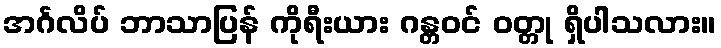
အင်္ဂလိပ် ဘာသာပြန် ကိုရီးယား ဂန္တဝင် ဝတ္တု ရှိပါသလား။